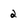
Character: 2